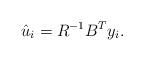
LaTeX: \begin{align*}\hat u_i= R^{-1} B^T y_i. \end{align*}